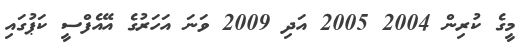
މީގެ ކުރިން 2004 2005 އަދި 2009 ވަނަ އަހަރުގެ އޭއެފްސީ ކަޕުގައި